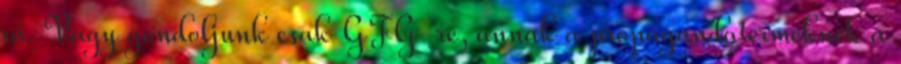
rá. Vagy gondoljunk csak GFG-re, annak a propagandaterméknek a